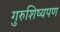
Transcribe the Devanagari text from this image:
गुरुशिष्यपण